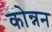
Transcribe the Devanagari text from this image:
कोन्नन